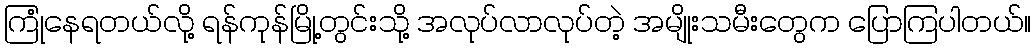
ကြုံနေရတယ်လို့ ရန်ကုန်မြို့တွင်းသို့ အလုပ်လာလုပ်တဲ့ အမျိုးသမီးတွေက ပြောကြပါတယ်။